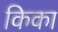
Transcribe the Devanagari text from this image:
किका